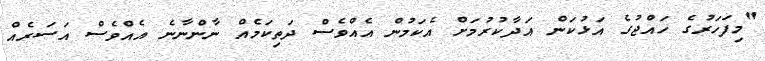
"މިފަހަރުގެ ހައްޖުގެ އަޅުކަން އަދާކުރުމަށް އެކަމުން އެއްވެސް ދަތިކަމެއް ނާންނާނެ އެއްވެސް އަސަރެއް